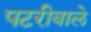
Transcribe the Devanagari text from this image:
पटरीवाले